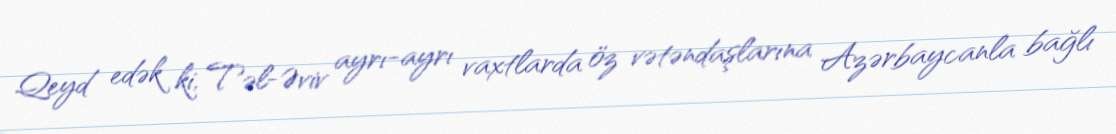
Qeyd edək ki, Təl-Əviv ayrı-ayrı vaxtlarda öz vətəndaşlarına Azərbaycanla bağlı